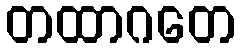
တထာဂတေ